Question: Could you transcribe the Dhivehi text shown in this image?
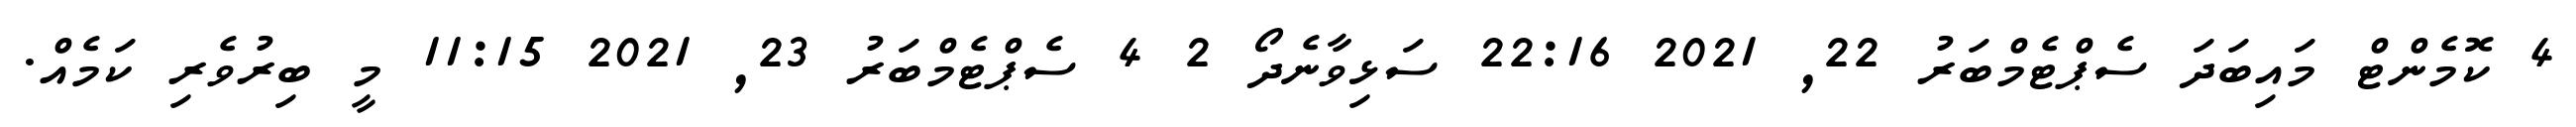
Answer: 4 ކޮމެންޓް މައިބަދަ ސެޕްޓެމްބަރު 22, 2021 22:16 ސަޅިވާނެދޯ 2 4 ސެޕްޓެމްބަރު 23, 2021 11:15 މީ ބިރުވެރި ކަމެއް.